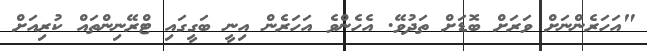
"އަހަރެންނަށް ވަރަށް ބޮޑަށް ތަދުވޭ. އެހެންވެ އަހަރެން އިނީ ބަގީގައި ޓްރޭނިންތައް ކުރިއަށް